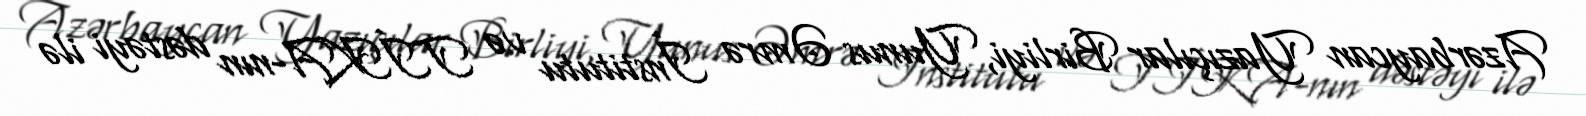
Azərbaycan Yazıçılar Birliyi, Yunus Əmrə İnstitutu və TİKA-nın dəstəyi ilə